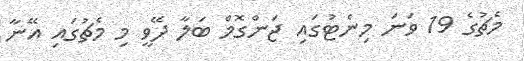
މެޗުގެ 19 ވަނަ މިނެޓުގައި ޖަންގޮމް ބަލާ ދޭވީ މި މެޗުގައި އޭނާ